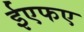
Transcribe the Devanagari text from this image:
ईएफए